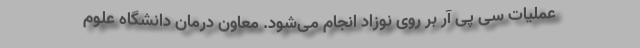
عملیات سی پی آر بر روی نوزاد انجام می‌شود. معاون درمان دانشگاه علوم